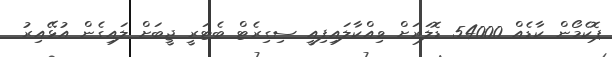
ޕޮކެމޯން ކާޑެއް 54000 ޑޮލަރަށް ވިއްކާލައިފިއީ ސިގިރެޓް ބެޓަރީ ޖީބަށް ލައިގެން އުޅޭއިރު